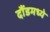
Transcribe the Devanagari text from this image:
दौंडमध्ये